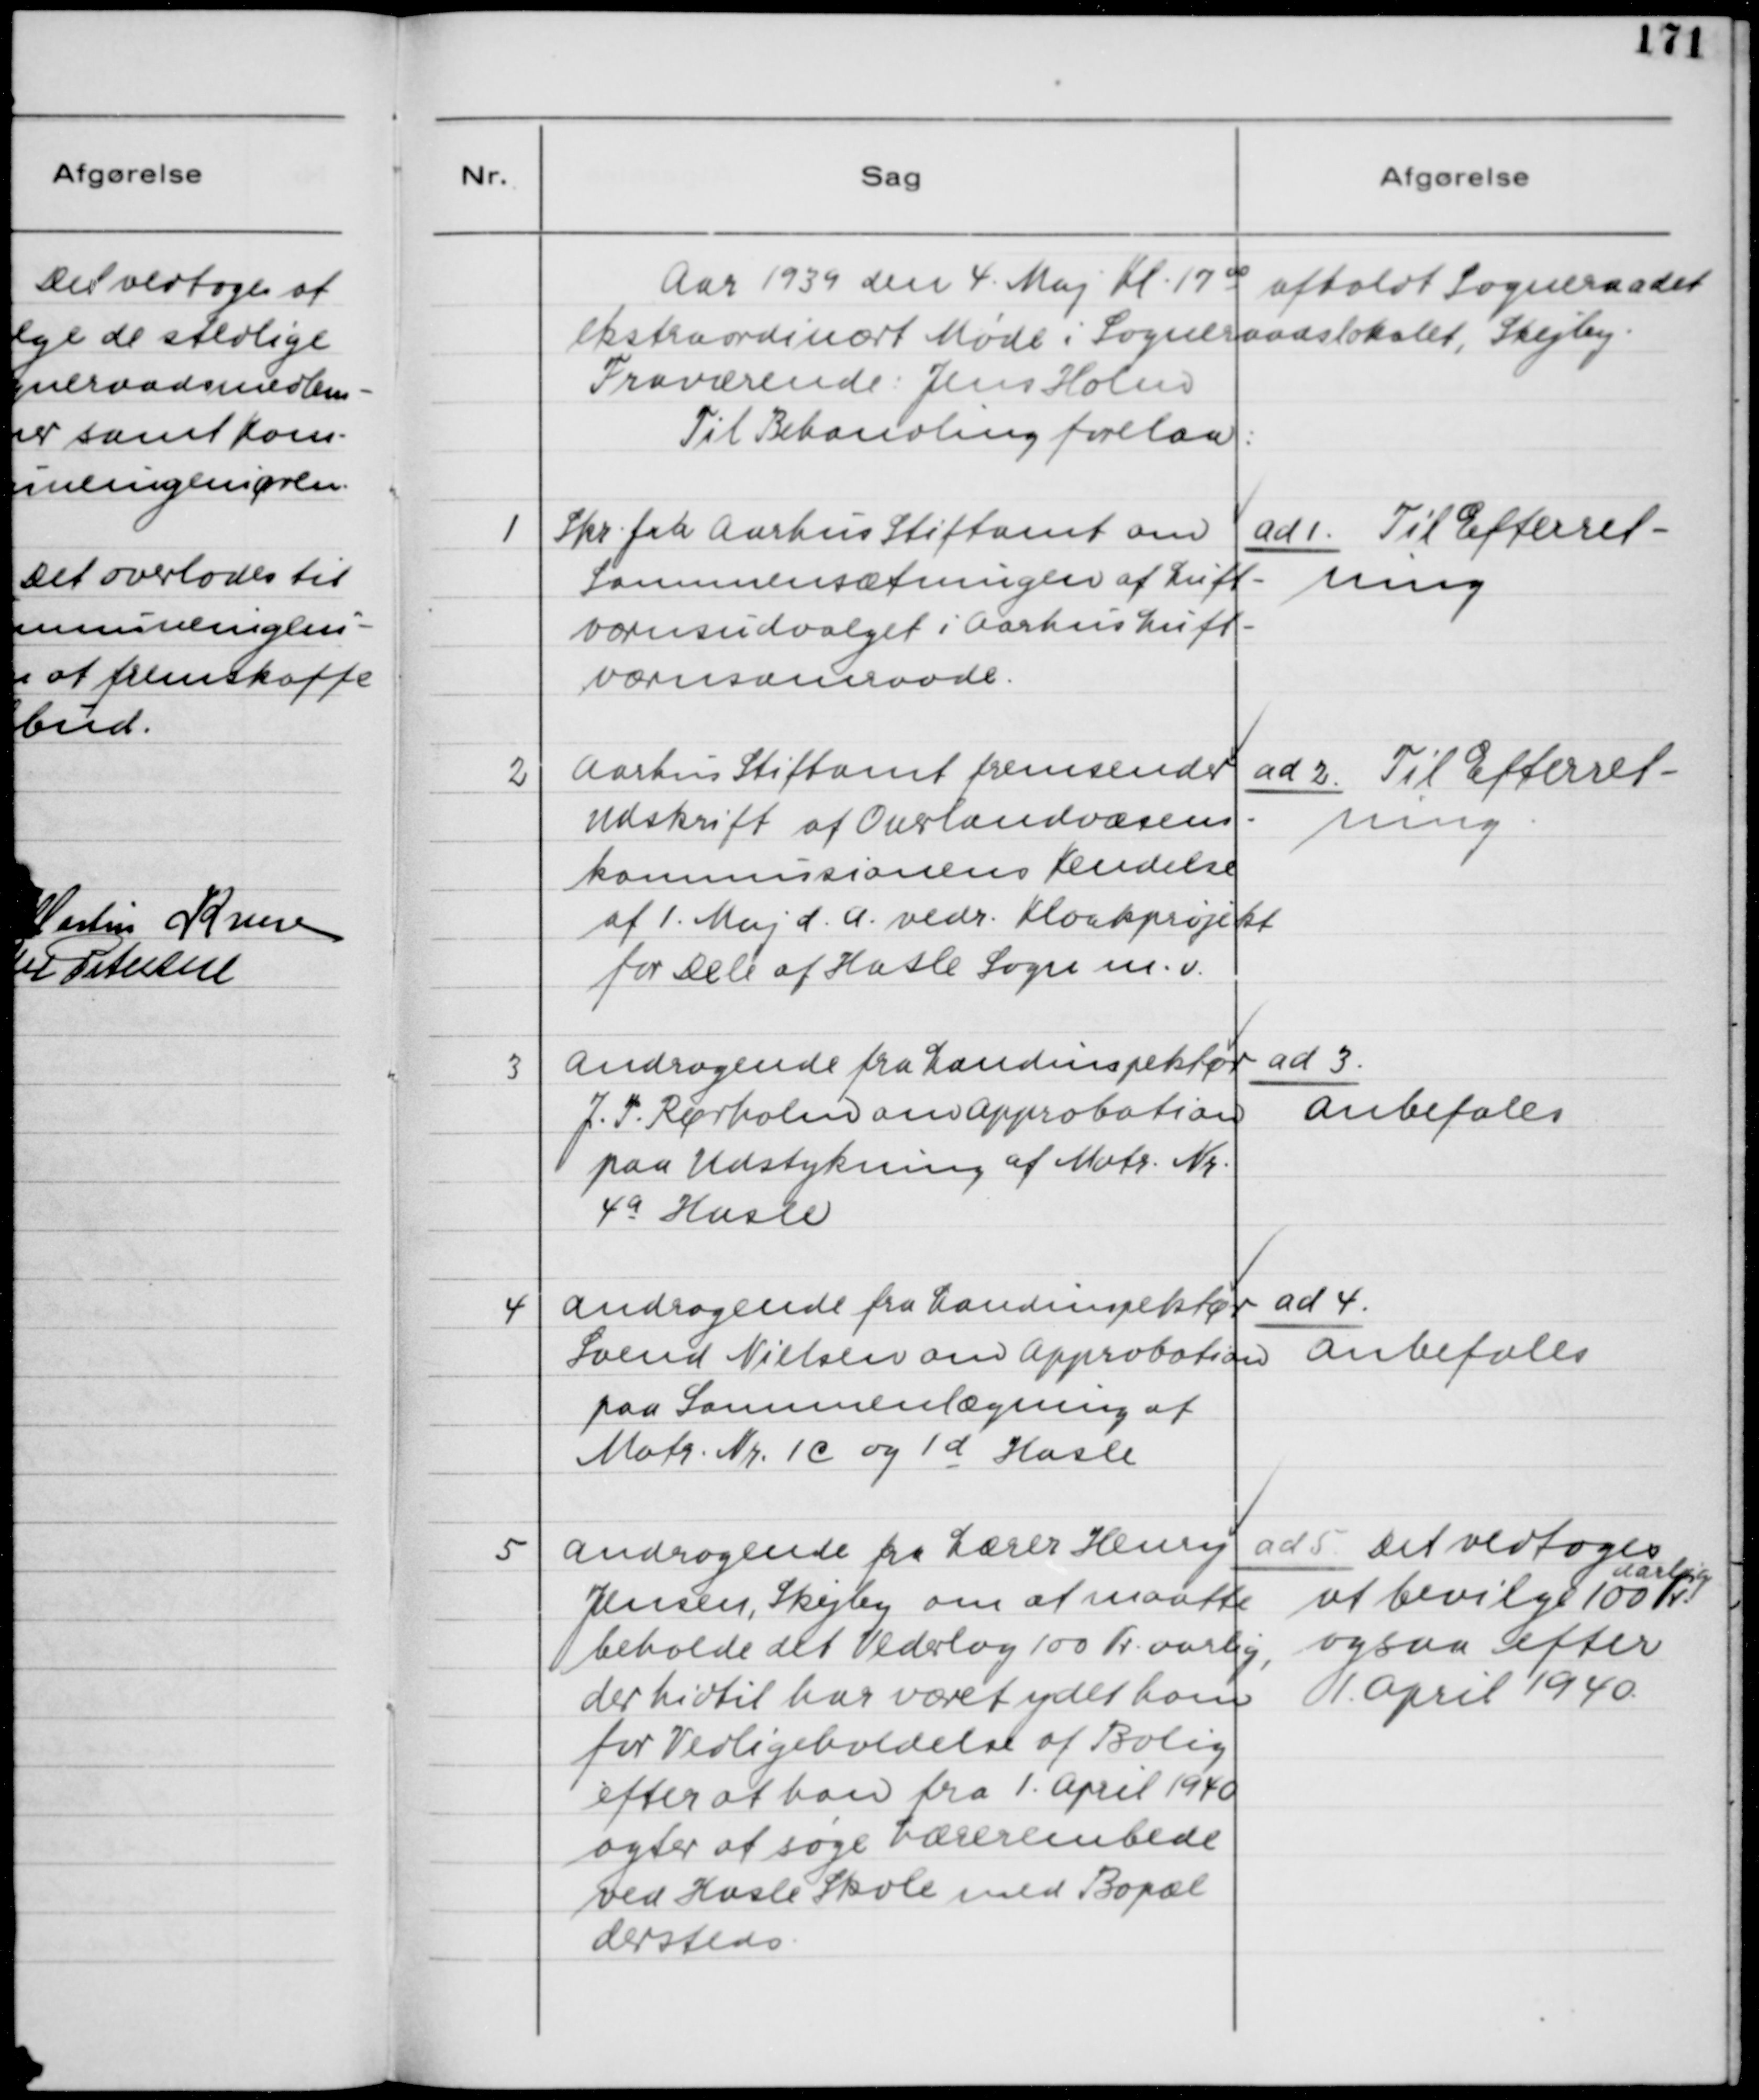
Transskription:
Aar 1939 den 4. Maj Kl. 17 00 afholdt Sogneraadet
ekstraordinært Møde i Sogneraadslokalet, Skejby.
Fraværende: Jens Holm.
Til Behandling forelaa:

1
Skr. fra Aarhus Stiftamt om
Sammensætningen af Luft-
værnsudvalget i Aarhus Luft-
værnsomraade.

ad 1. Til Efterret-
ning

2
Aarhus Stiftamt fremsender
Udskrift af Overlandvæsens-
kommissionens Kendelse
af 1. Maj d.A. vedr. Kloakprojekt
for Dele af Hasle Sogne m.v.

ad 2. Til Efterret-
ning.

3
Andragende fra Landinspektør
J. P. Rørholm om Approbetion
paa Udstykning af Matr. Nr.
4a Hasle

ad 3.
Anbefales

4
Andragende fra Landinspektør
Svend Nielsen om Approbation
paa Sammenlægning af
Matr. Nr. 1C og 1d Hasle

ad 4.
Anbefales

5
Andragende fra Lærer Henry
Jensen, Skejby om at maatte
beholde det Vederlag 100 Kr. aarlig,
der hidtil har været ydet ham
for Vedligeholdelse af Bolig
efter at han fra 1. April 1940
agter at søge Lærerembede
ved Hasle Skole med Bopæl
dersteds.

ad 5. Det vedtoges
at bevilge 100 Kr. Aarlig 
aarlig
ogsaa efter
1. April 1940.